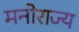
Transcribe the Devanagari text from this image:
मनोराज्य